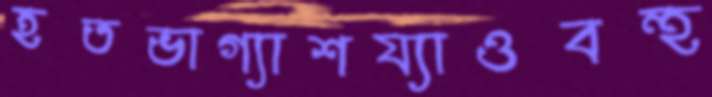
হতভাগ্যাশয্যাওবহু